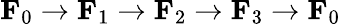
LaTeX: \mathbf{F}_{0}\rightarrow\mathbf{F}_{1}\rightarrow\mathbf{F}_{2}\rightarrow\mathbf{F}_{3}\rightarrow\mathbf{F}_{0}